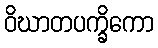
ဝိဃာတပက္ခိကော